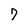
Character: 7